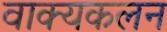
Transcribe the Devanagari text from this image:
वाक्यकलन